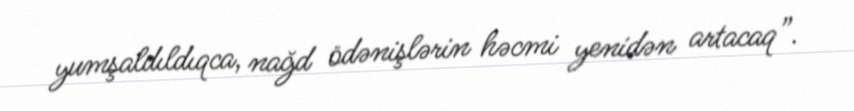
yumşaldıldıqca, nağd ödənişlərin həcmi yenidən artacaq”.